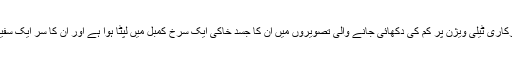
شمالی کوریا کے سرکاری ٹیلی ویژن پر کِم کی دکھائی جانے والی تصویروں میں ان کا جسد خاکی ایک سرخ کمبل میں لپٹا ہوا ہے اور ان کا سر ایک سفید تکیے پر دراز ہے۔